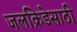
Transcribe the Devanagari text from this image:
जलक्रिडेसाठी